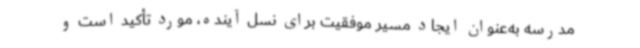
مدرسه به‌عنوان ایجاد مسیر موفقیت برای نسل آینده، مورد تأکید است و